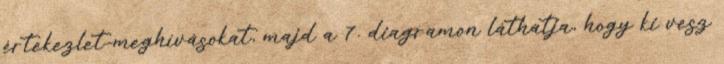
értekezlet-meghívásokat, majd a 7. diagramon láthatja, hogy ki vesz